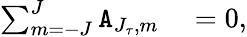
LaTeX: \begin{array}{rl}{\sum_{m=-J}^{J}\mathtt{A}_{J_{\tau},m}}&{{}=0,}\end{array}